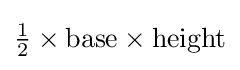
{\tfrac {1}{2}}\times {\text{base}}\times {\text{height}}